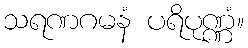
သရဏဂမနံ ပရိပုဏ္ဏံ။